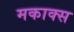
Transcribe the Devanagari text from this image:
मकाक्स